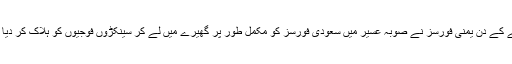
ہفتے کے دن یمنی فورسز نے صوبہ عسیر میں سعودی فورسز کو مکمل طور پر گھیرے میں لے کر سینکڑوں فوجیوں کو ہلاک کر دیا تھا۔